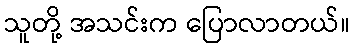
သူတို့ အသင်းက ပြောလာတယ်။